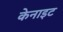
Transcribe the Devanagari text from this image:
केनाइट